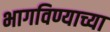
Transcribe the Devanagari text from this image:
भागविण्याच्या